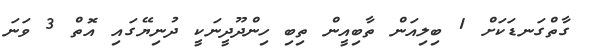
ގާތްގަނޑަކަށް 1 ބިލިއަން ތާބިއީން ތިބި ހިންދޫދީނަކީ ދުނިޔޭގައި އޮތް 3 ވަނަ